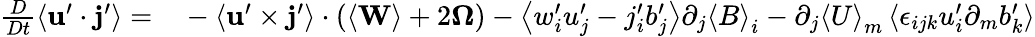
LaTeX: \begin{array}{rl}{\frac{D}{Dt}\left\langle\mathbf{u}^{\prime}\cdot\mathbf{j}^{\prime}\right\rangle=}&{{}-\left\langle\mathbf{u}^{\prime}\times\mathbf{j}^{\prime}\right\rangle\cdot\left(\left\langle\mathbf{W}\right\rangle+2\boldsymbol{\Omega}\right)-\left\langle w_{i}^{\prime}u_{j}^{\prime}-j_{i}^{\prime}b_{j}^{\prime}\right\rangle\partial_{j}\left\langle B\right\rangle_{i}-\partial_{j}\left\langle U\right\rangle_{m}\left\langle\epsilon_{ijk}u_{i}^{\prime}\partial_{m}b_{k}^{\prime}\right\rangle}\end{array}